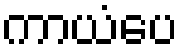
ကာယံပေ